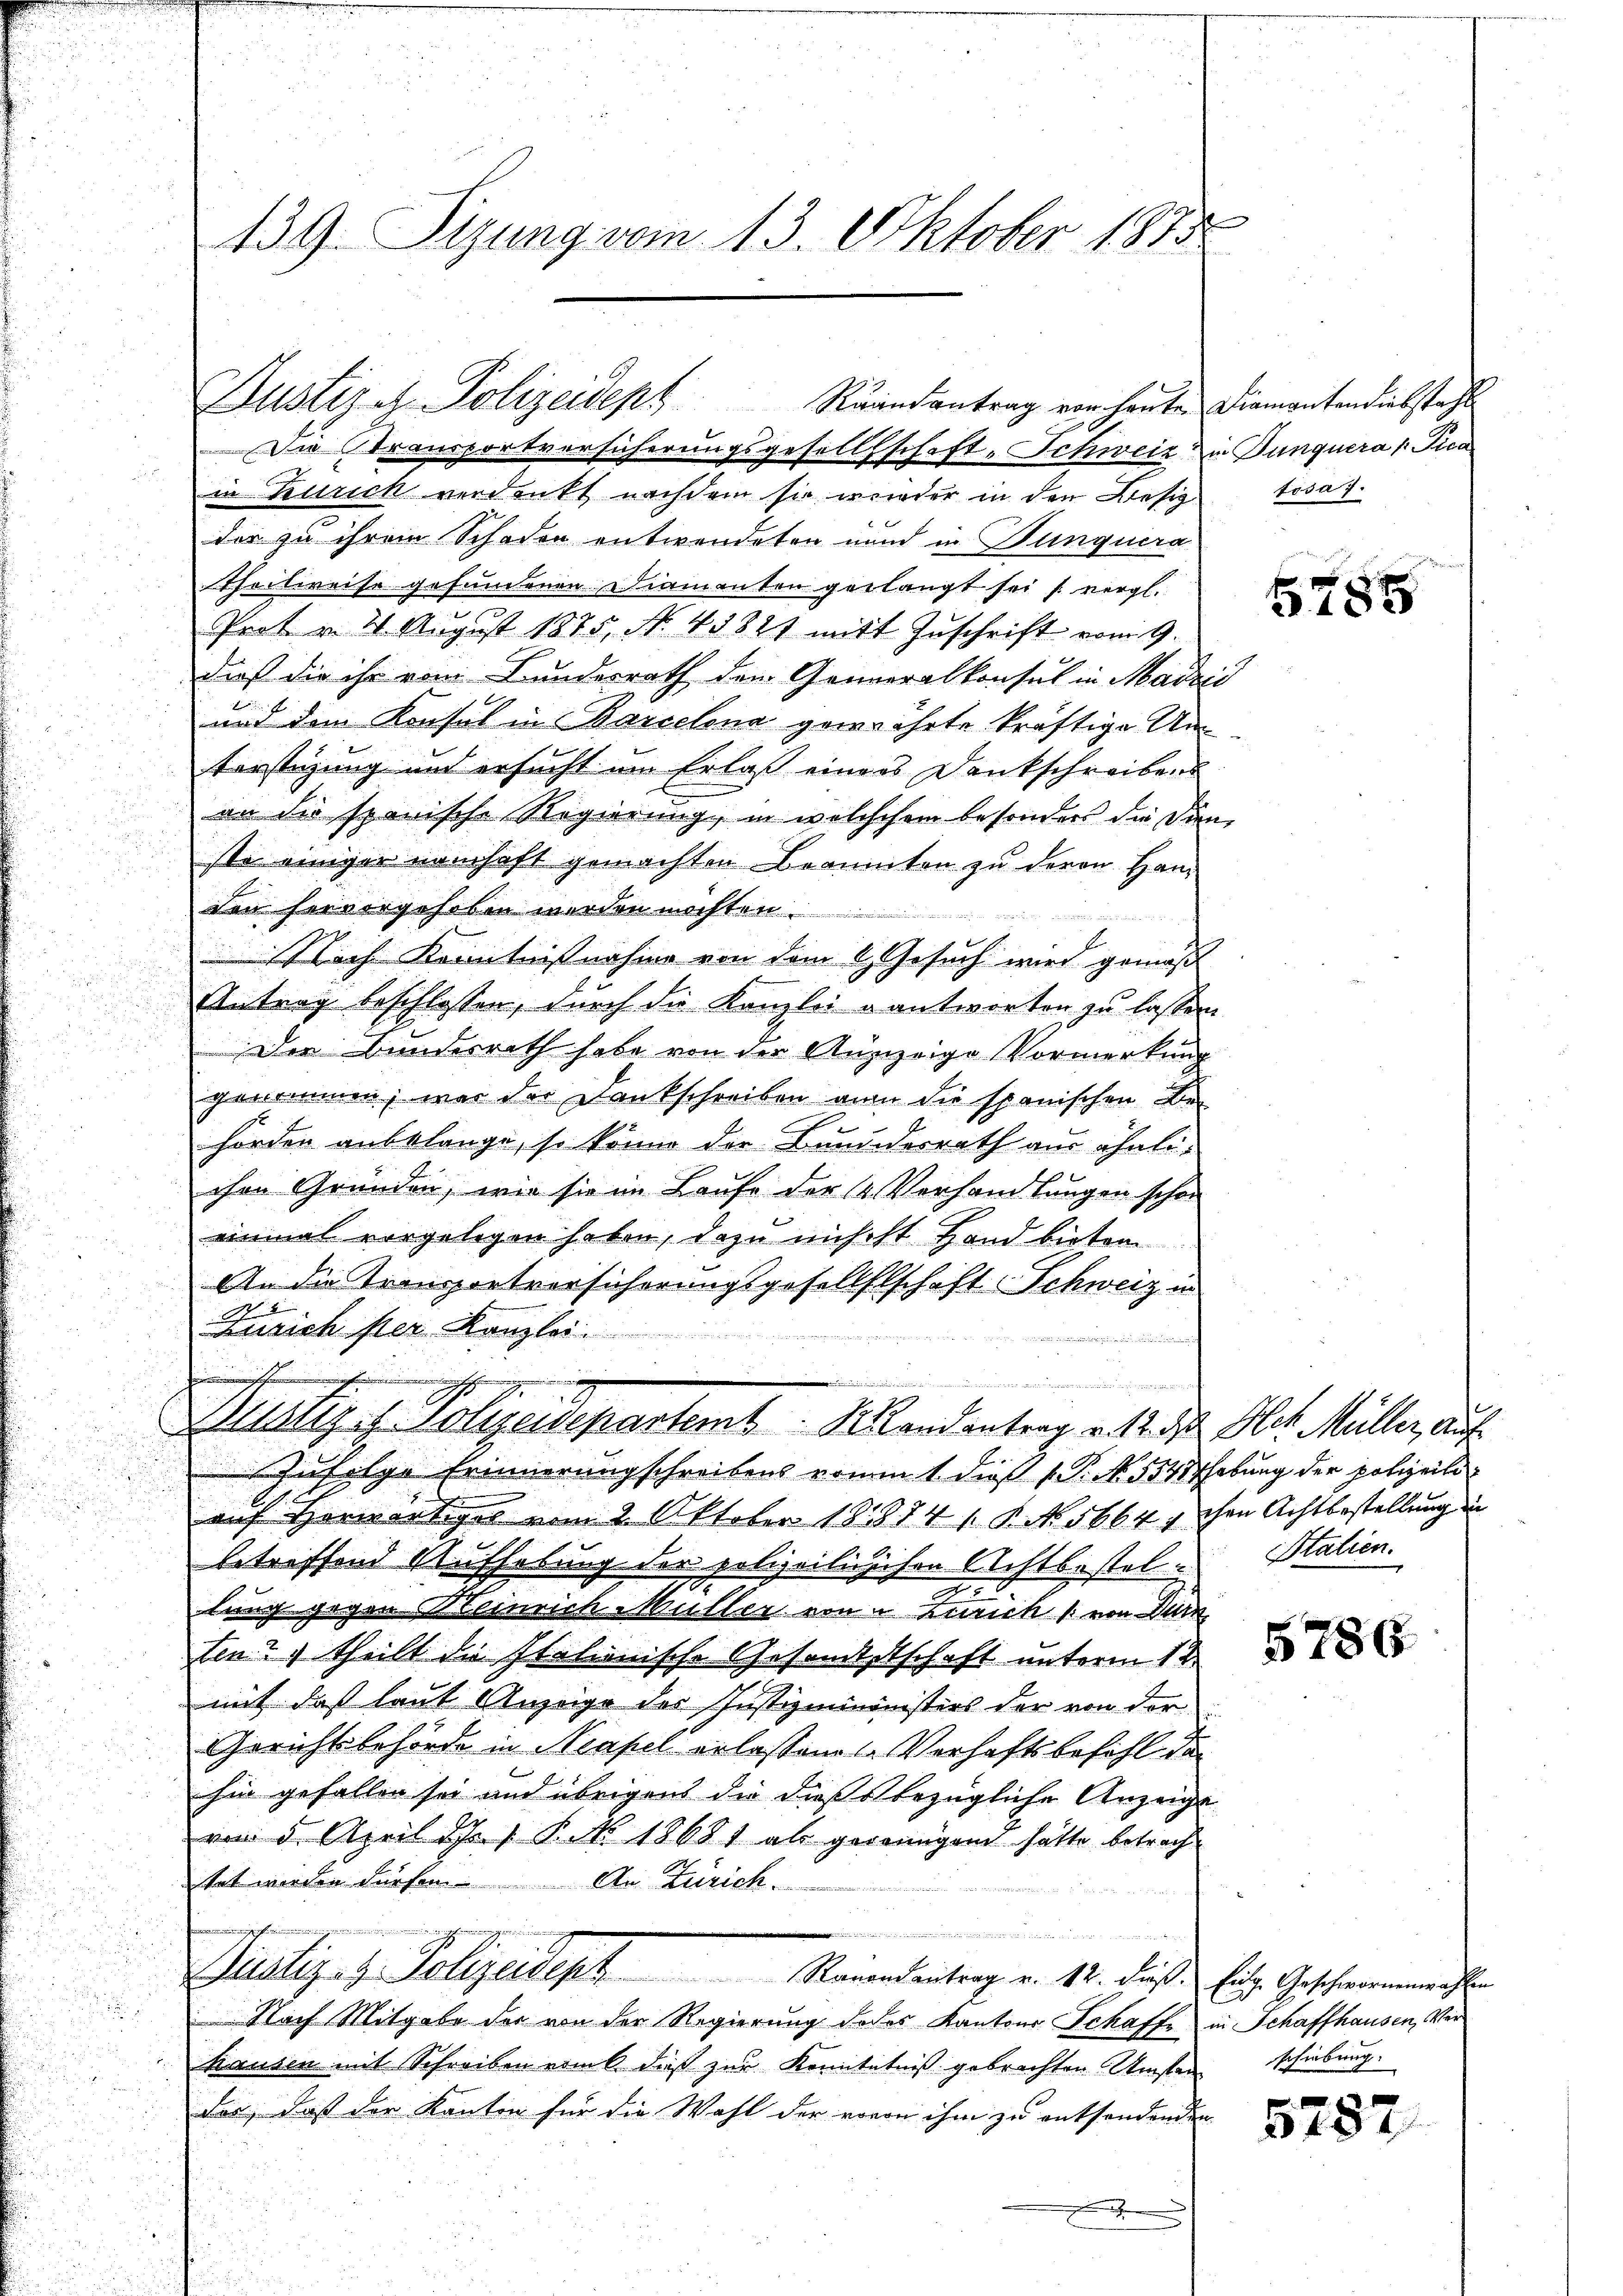
139. Sizung vom 13. Oktober 1875

in Zürich verdankt nachdem sie wieder in den Besiz tosa 1.
der zu ihrem Schaden entwendeten unnd in Dunquera
Theilweise gefundenen Diamanten gelangt sei s. vergl.
Prot v. 2. August 1875, No. 48821 mit Zŭschrift vom 9.
dieß die ihr vom Bundesrath den Generalkonsul in Madrić
und dem Konsul in Barcelena gewährte kräftige Unterstigung und ersucht um Erlaß einers Dankschreiben
an die spanische Regierung, in welchesem besonders die Dien
ste einiger namhaft gemachten Beaumten zu deren Handen hervorgehoben werden möchten.
Nach Kenntnißnahme von dem 6. Gesuch wird gemäß
Antrag beschlossen, durch die Kanzlei antworten zu lassen
Der Bundesrath habe von der Auszeige Vormerkung
genommen, war der Dankschreiben an die spanischen Be-
hörden anbelange, so könne der Bundesrath aus ähnli-
chen Gründen, wie sie im Laufe der 4. Verhandlungen schon
einmal vorgelegen haben, dazu nicht Hand bieten
An die Transportversicherungsgesellelschaft Schweiz in
27
Zürich per Kanzlei.
e
eine schehen

u
Rustiz u. Polizeidepartemt Landantrag v. 12. d. Hch. Müller, auf¬
Zufolge Erinnerungschreibens vom 1. dieß P. No. 5548fhebung der polizeili
.
auf Herwärtigel vom 2 Oktober 181874 / B. No. 5664 x ihre Achtbestellung in
betreffend Aufhebung der polizeilisichen Achtbestel-Stalien.
a
lung gegen Meinrich-Müller von u Zürich / von dur
ten? 1 theilt die Italienische Gesandtschaft unterm 12ten
mit daß laut Anzeige der Justizmininisters der von der
Gerichtsbehörde in Neapel erlassenes Verhaftsbefehl de
hin gefallen sei und übrigens die dießbezügliche Anzeige
von 5. April d. P. Nr. 18681 als gegenügend hätte betrachtet werden dürfen. An Zürich.
2
t
...  ..  .
Justiz- & Polizeident Romandantrag v. 12. das Eige Geschwornenges
Nach Mitgabe der von der Regierung jedes Kantons Schaffe in Schaffhausen, Ver¬
Hausen mit Schreiben erint dieß zur Kenntntniß gebrachten Umsten schiebung.
der, daß der Kanton für die Wahl der wovon ihm zu entsendenden

Justiz - Polizeidept Raandantrag von heute Diamantendiebstacht
Die Stransportversicherungsgesellschaft-Schweiz in Junquera p Fica

5785

5786

5282